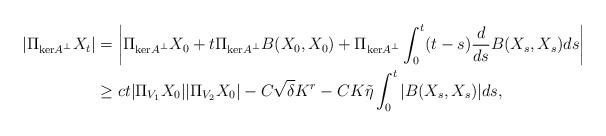
LaTeX: \begin{align*}|\Pi_{\mathrm{ker}A^\perp} X_t| &= \left| \Pi_{\mathrm{ker}A^\perp} X_0 + t \Pi_{\mathrm{ker}A^\perp}B(X_0,X_0)+ \Pi_{\mathrm{ker}A^\perp}\int_0^t (t-s) \frac{d}{ds}B(X_s,X_s)ds\right| \\& \ge c t|\Pi_{V_1}X_0||\Pi_{V_2}X_0| - C\sqrt{\delta} K^{r} - C K \tilde{\eta} \int_0^t |B(X_s,X_s)| ds, \end{align*}